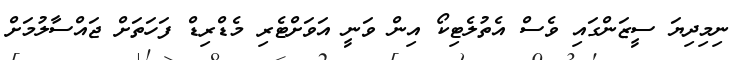
ނިމިދިޔަ ސީޒަންގައި ވެސް އެތުލެޓިކޯ އިން ވަނީ އަވަށްޓެރި މެޑްރިޑް ފަހަތަށް ޖައްސާލުމަށް